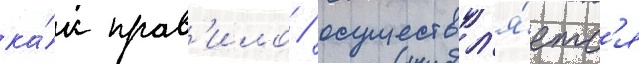
ка́к прав'ило / осуществл'я́етс'я